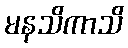
မနသိကာသိ